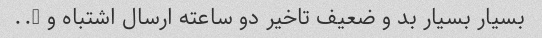
بسیار بسیار بد و ضعیف تاخیر دو ساعته ارسال اشتباه و …..